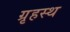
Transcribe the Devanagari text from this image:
ग्रृहस्थ